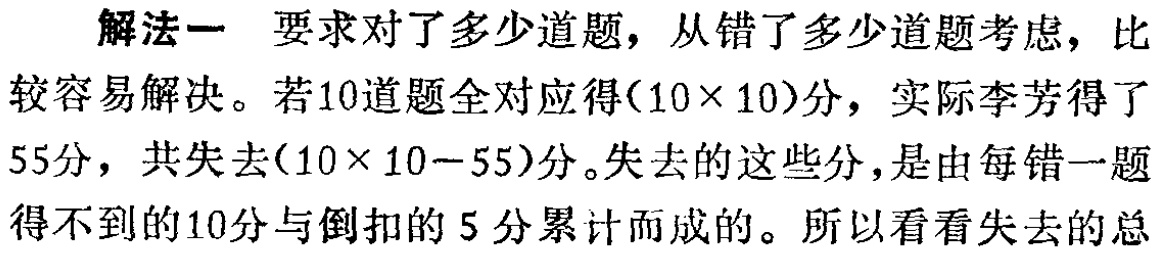
解法一 要求对了多少道题，从错了多少道题考虑，比较容易解决。若10道题全对应得\((10\times 10)\)分，实际李芳得了55分，共失去\((10\times 10 - 55)\)分。失去的这些分，是由每错一题得不到的10分与倒扣的5分累计而成的。所以看看失去的总